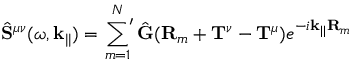
\hat { \mathbf { S } } ^ { \mu \nu } ( \omega , \mathbf { k } _ { | | } ) = \sideset { } { ' } \sum _ { m = 1 } ^ { N } \hat { \mathbf { G } } ( \mathbf { R } _ { m } + \mathbf { T } ^ { \nu } - \mathbf { T } ^ { \mu } ) e ^ { - i \mathbf { k } _ { | | } \mathbf { R } _ { m } }